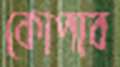
কোপাব